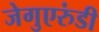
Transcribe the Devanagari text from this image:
जेगुएरुंडी